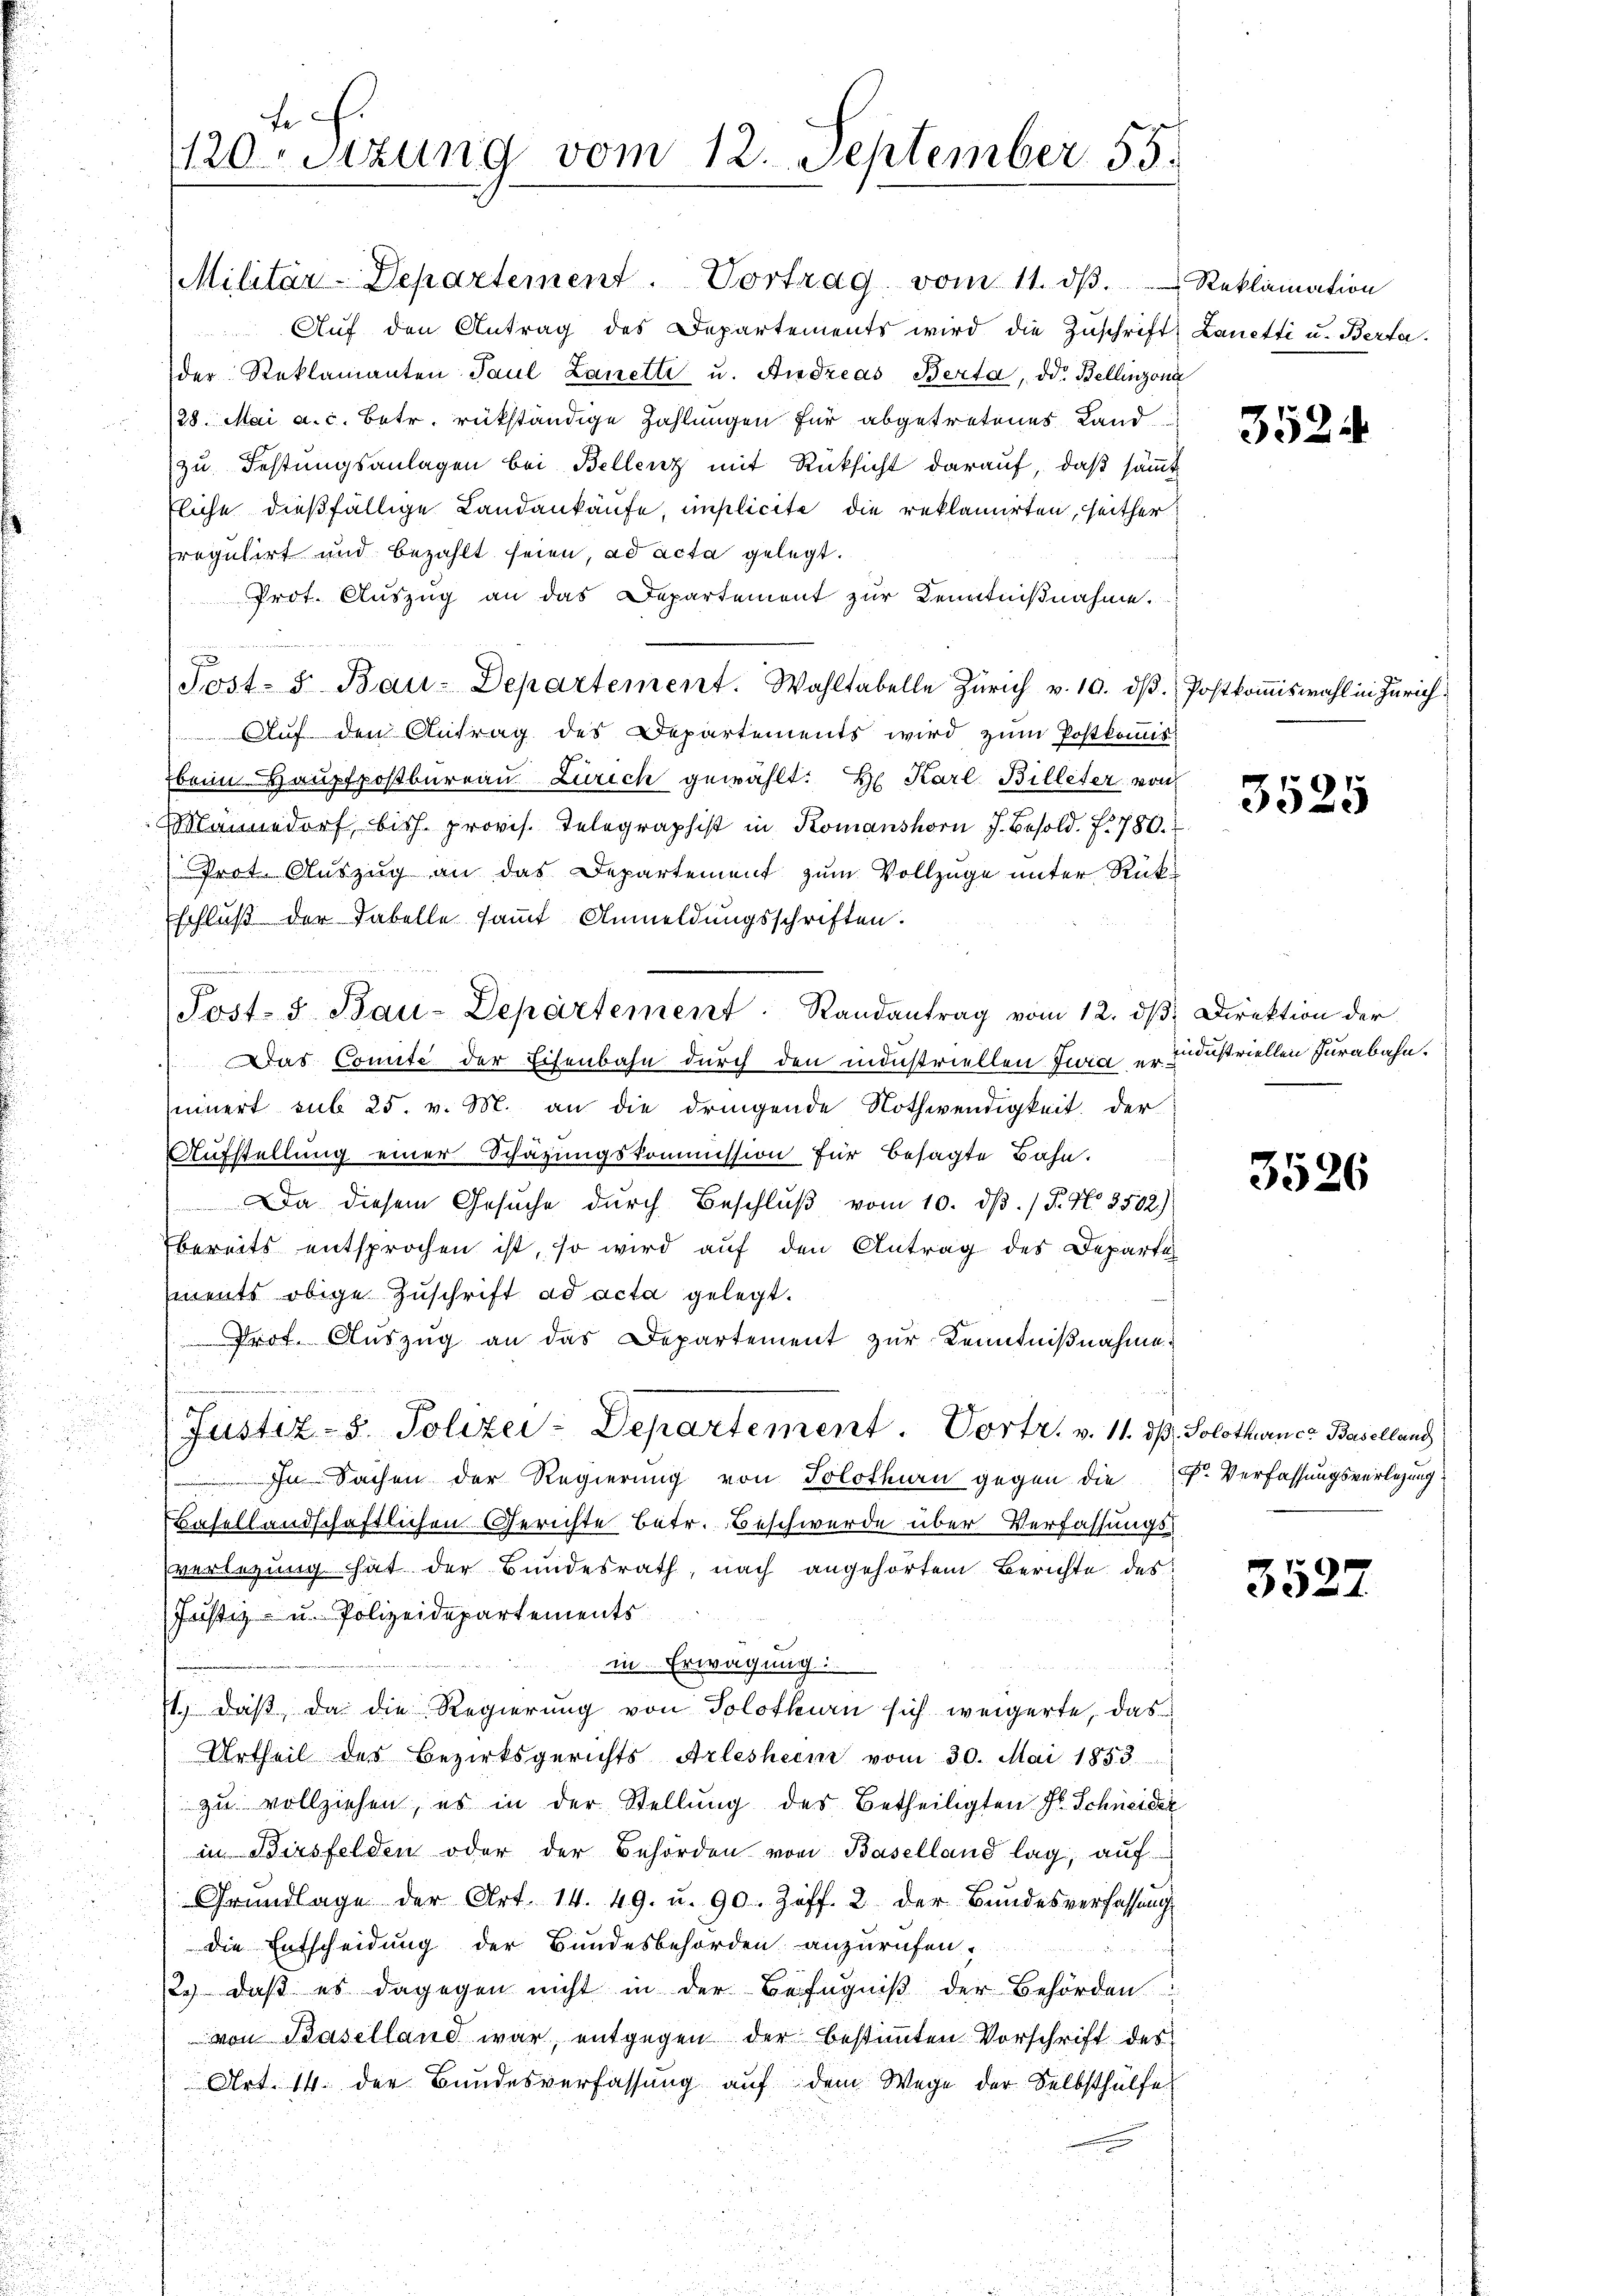
Militär-Departement. Vortrag vom 11. dβ. Reklamation
Auf den Antrag des Departements wird die Zuschrift
der Reklamanten Paul Lanetti u. Andreas Berta, od. Bellinzon
28. Mai a. c. Betr. rükständige Zahlungen für abgetretenes Landzu Festungsanlagen bei Bellenz mit Rücksicht darauf, daß sämfliche dießfällige Landankäufe, implicite die reklamirten, seither
fregulirt und bezahlt seien, ad acta gelegt.
Prot. Auszug an das Departement zur Kenntnißnahme.
n
f
Sost- u Bau-Departement. Wahltabelle Zürich v. 10. dβ.
Auf den Antrag des Departements wird zum Postkommis
bein Hauptpostbureau Zürich gewählt: Hr. Karl Billeter von
Männedorf biss. provis. Telegraphist in Komanshorn J. Besold. f. 780.
Prot. Auszug an das Departement zum Vollzüge unter Rück-
schluß der Fabelle sammt Anmeldungsschriften.
g
Sost- u Bau-Departement. Randantrag vom 12. dβ
 Das Comite der Eisenbahn durch den industriellen Zwia erinnert sub 25. v. M. an die dringende Nothwendigkeit der
Aufstellung einer Schazungskommission für besagte Bahn.
Da diesem Gesuche durch Beschlŭβ vom 10. ds. (T. No. 3502)
bereits entsprochen ist, so wird auf den Antrag des Departi
ments obige Zuschrift ad acta gelegt.
Prof. Auszug an das Departement zur Kenntnißnahme
ein
Justiz- & Polizei-Departement. Vortr. v. 11. ds. Solothurner Baselland
In Sachen der Regierung von Solothurn gegen die
Basellandschaftlichen Gerichte betr. Beschwerde über Verfassungsverlegung hat der Bundesrath, nach angehörtem Berichte des
Justiz- u. Polizeidepartements
in Erwägung:
s
st., daß, da die Regierung von Solothurn sich weigerte, das
Urtheil des Bezirksgerichts Arlesheim vom 30. Mai 1858.
zu vollziehen, es in der Stellung des Betheiligten fl. Schneider
in Birsfelden oder der Behörden von Baselland lag, auf-
Grŭndlage der Art. 14. 49. u. 90. Ziff. 2 der Bundesverfassung
die Entscheidung der Bundesbehörden anzurufen,
2.) daß es dagegen nicht in der Befugniß der Behörden:
von Baselland war, entgegen der bestimmten Vorschrift des
Art. 14. der Bundesverfassung auf dem Wege der Selbsthülfe

t. .
0sizung vom 12. September 55.

t Lanetti u. Berta

3524

Postkommiswahl in Zürich

3525

3. Direktion der
industriellen Jurabahn.

3526

Dr. Verfassungsverlegung.

3527